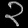
Digit: ၃